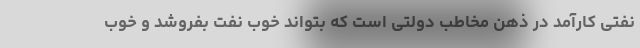
نفتی کارآمد در ذهن مخاطب دولتی است که بتواند خوب نفت بفروشد و خوب